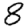
Digit: 8